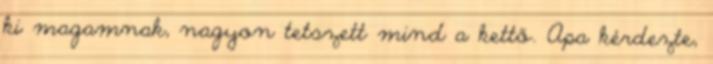
ki magamnak, nagyon tetszett mind a kettő. Apa kérdezte,